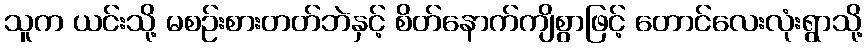
သူက ယင်းသို့ မစဉ်းစားတတ်ဘဲနှင့် စိတ်နောက်ကျိစွာဖြင့် တောင်လေးလုံးရွာသို့